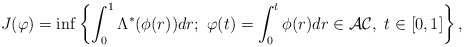
\begin{align*}J(\varphi)=\inf\left\{\int^{1}_{0}\Lambda^{*}(\phi(r))dr; ~\varphi(t)=\int^{t}_{0} \phi(r)dr\in \mathcal{AC},~t\in[0,1]\right\},\end{align*}